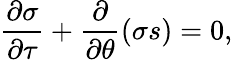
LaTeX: \frac{\partial\sigma}{\partial\tau}+\frac{\partial}{\partial\theta}(\sigma s)=0,